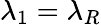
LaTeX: \lambda_{1}=\lambda_{R}